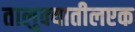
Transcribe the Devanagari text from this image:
तालुक्यातीलएक